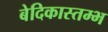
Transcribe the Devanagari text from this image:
बेदिकास्तम्भ